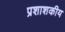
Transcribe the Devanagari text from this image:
प्रशाशकीय